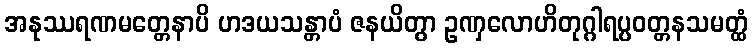
အနုဿရဏမတ္တေနာပိ ဟဒယသန္တာပံ ဇနယိတွာ ဥဏှလောဟိတုဂ္ဂါရပ္ပဝတ္တနသမတ္ထံ